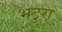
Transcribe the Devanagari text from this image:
भटुरा